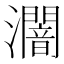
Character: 𤃷